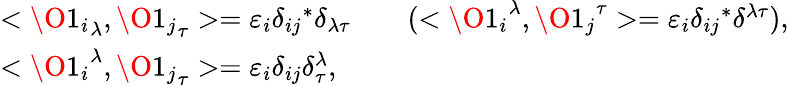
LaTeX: \begin{array}{ll}{{<{\O 1_{i}}_{\lambda},{\O 1_{j}}_{\tau}>=\varepsilon_{i}\delta_{ij}{}^{*}\delta_{\lambda\tau}\qquad(<{\O 1_{i}}^{\lambda},{\O 1_{j}}^{\tau}>=\varepsilon_{i}\delta_{ij}{}^{*}\delta^{\lambda\tau}),}}\\ {{<{\O 1_{i}}^{\lambda},{\O 1_{j}}_{\tau}>=\varepsilon_{i}\delta_{ij}\delta_{\tau}^{\lambda},}}\end{array}